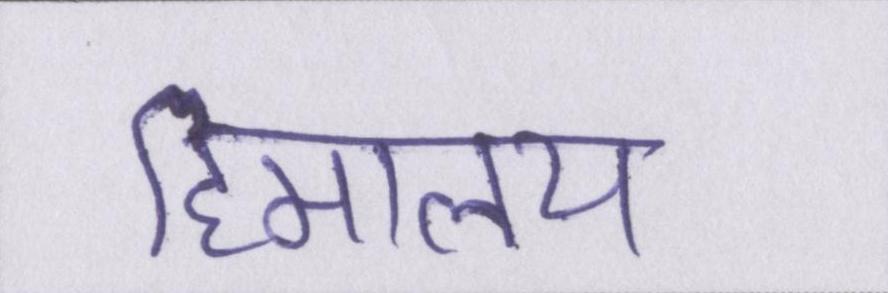
हिमालय